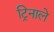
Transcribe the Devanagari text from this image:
ट्रिनाले